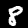
Digit: 8